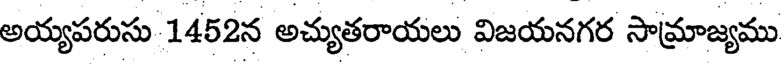
అయ్యపరుసు 1452న అచ్యుతరాయలు విజయనగర సామ్రాజ్యము